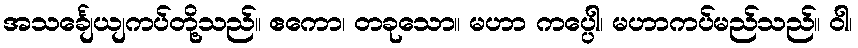
အသင်္ချေယျကပ်တို့သည်။ ဧကော၊ တခုသော။ မဟာ ကပ္ပေါ၊ မဟာကပ်မည်သည်။ ဝါ၊